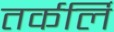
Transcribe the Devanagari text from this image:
तर्कर्लि